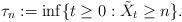
LaTeX: \begin{align*}\tau_n := \inf \{t \ge 0: \tilde X_t \ge n\}.\end{align*}